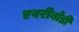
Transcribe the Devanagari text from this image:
एवरीबोडी